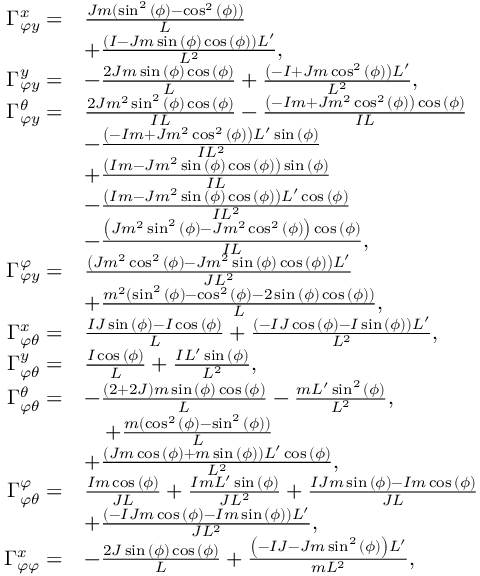
\begin{array} { r l } { \Gamma _ { \varphi y } ^ { x } = } & { \frac { J m ( \sin ^ { 2 } { \left( \phi \right) } - \cos ^ { 2 } { \left( \phi \right) } ) } { L } } \\ & { + \frac { \left( I - J m \sin { \left( \phi \right) } \cos { \left( \phi \right) } \right) L ^ { \prime } } { L ^ { 2 } } , } \\ { \Gamma _ { \varphi y } ^ { y } = } & { - \frac { 2 J m \sin { \left( \phi \right) } \cos { \left( \phi \right) } } { L } + \frac { \left( - I + J m \cos ^ { 2 } { \left( \phi \right) } \right) L ^ { \prime } } { L ^ { 2 } } , } \\ { \Gamma _ { \varphi y } ^ { \theta } = } & { \frac { 2 J m ^ { 2 } \sin ^ { 2 } { \left( \phi \right) } \cos { \left( \phi \right) } } { I L } - \frac { \left( - I m + J m ^ { 2 } \cos ^ { 2 } { \left( \phi \right) } \right) \cos { \left( \phi \right) } } { I L } } \\ & { - \frac { \left( - I m + J m ^ { 2 } \cos ^ { 2 } { \left( \phi \right) } \right) L ^ { \prime } \sin { \left( \phi \right) } } { I L ^ { 2 } } } \\ & { + \frac { \left( I m - J m ^ { 2 } \sin { \left( \phi \right) } \cos { \left( \phi \right) } \right) \sin { \left( \phi \right) } } { I L } } \\ & { - \frac { \left( I m - J m ^ { 2 } \sin { \left( \phi \right) } \cos { \left( \phi \right) } \right) L ^ { \prime } \cos { \left( \phi \right) } } { I L ^ { 2 } } } \\ & { - \frac { \left( J m ^ { 2 } \sin ^ { 2 } { \left( \phi \right) } - J m ^ { 2 } \cos ^ { 2 } { \left( \phi \right) } \right) \cos { \left( \phi \right) } } { I L } , } \\ { \Gamma _ { \varphi y } ^ { \varphi } = } & { \frac { \left( J m ^ { 2 } \cos ^ { 2 } { \left( \phi \right) } - J m ^ { 2 } \sin { \left( \phi \right) } \cos { \left( \phi \right) } \right) L ^ { \prime } } { J L ^ { 2 } } } \\ & { + \frac { m ^ { 2 } ( \sin ^ { 2 } { \left( \phi \right) } - \cos ^ { 2 } { \left( \phi \right) } - 2 \sin { \left( \phi \right) } \cos { \left( \phi \right) } ) } { L } , } \\ { \Gamma _ { \varphi \theta } ^ { x } = } & { \frac { I J \sin { \left( \phi \right) } - I \cos { \left( \phi \right) } } { L } + \frac { \left( - I J \cos { \left( \phi \right) } - I \sin { \left( \phi \right) } \right) L ^ { \prime } } { L ^ { 2 } } , } \\ { \Gamma _ { \varphi \theta } ^ { y } = } & { \frac { I \cos { \left( \phi \right) } } { L } + \frac { I L ^ { \prime } \sin { \left( \phi \right) } } { L ^ { 2 } } , } \\ { \Gamma _ { \varphi \theta } ^ { \theta } = } & { - \frac { ( 2 + 2 J ) m \sin { \left( \phi \right) } \cos { \left( \phi \right) } } { L } - \frac { m L ^ { \prime } \sin ^ { 2 } { \left( \phi \right) } } { L ^ { 2 } } , } \\ & { \quad + \frac { m ( \cos ^ { 2 } { \left( \phi \right) } - \sin ^ { 2 } { \left( \phi \right) } ) } { L } } \\ & { + \frac { \left( J m \cos { \left( \phi \right) } + m \sin { \left( \phi \right) } \right) L ^ { \prime } \cos { \left( \phi \right) } } { L ^ { 2 } } , } \\ { \Gamma _ { \varphi \theta } ^ { \varphi } = } & { \frac { I m \cos { \left( \phi \right) } } { J L } + \frac { I m L ^ { \prime } \sin { \left( \phi \right) } } { J L ^ { 2 } } + \frac { I J m \sin { \left( \phi \right) } - I m \cos { \left( \phi \right) } } { J L } } \\ & { + \frac { \left( - I J m \cos { \left( \phi \right) } - I m \sin { \left( \phi \right) } \right) L ^ { \prime } } { J L ^ { 2 } } , } \\ { \Gamma _ { \varphi \varphi } ^ { x } = } & { - \frac { 2 J \sin { \left( \phi \right) } \cos { \left( \phi \right) } } { L } + \frac { \left( - I J - J m \sin ^ { 2 } { \left( \phi \right) } \right) L ^ { \prime } } { m L ^ { 2 } } , } \end{array}